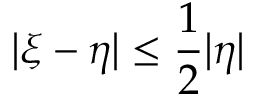
| \xi - \eta | \leq \frac 1 2 | \eta |